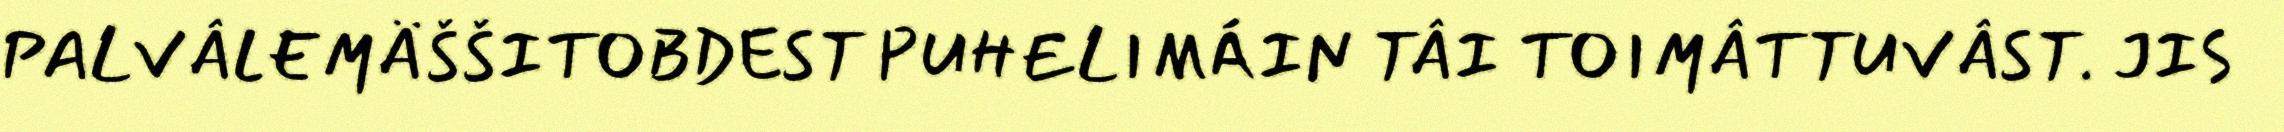
PALVÂLEMÄŠŠITOBDEST PUHELIMÁIN TÂI TOIMÂTTUVÂST. JIS